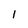
Character: l